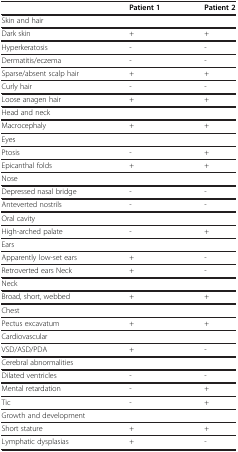
<table><thead><tr><td>[EMPTY_CELL]</td><td><b>Patient 1</b></td><td><b>Patient 2</b></td></tr></thead><tbody><tr><td>Skin and hair</td><td>[EMPTY_CELL]</td><td>[EMPTY_CELL]</td></tr><tr><td>Dark skin</td><td>+</td><td>+</td></tr><tr><td>Hyperkeratosis</td><td>-</td><td>-</td></tr><tr><td>Dermatitis/eczema</td><td>-</td><td>-</td></tr><tr><td>Sparse/absent scalp hair</td><td>+</td><td>+</td></tr><tr><td>Curly hair</td><td>-</td><td>-</td></tr><tr><td>Loose anagen hair</td><td>+</td><td>+</td></tr><tr><td>Head and neck</td><td>[EMPTY_CELL]</td><td>[EMPTY_CELL]</td></tr><tr><td>Macrocephaly</td><td>+</td><td>+</td></tr><tr><td>Eyes</td><td>[EMPTY_CELL]</td><td>[EMPTY_CELL]</td></tr><tr><td>Ptosis</td><td>-</td><td>+</td></tr><tr><td>Epicanthal folds</td><td>+</td><td>+</td></tr><tr><td>Nose</td><td>[EMPTY_CELL]</td><td>[EMPTY_CELL]</td></tr><tr><td>Depressed nasal bridge</td><td>-</td><td>-</td></tr><tr><td>Anteverted nostrils</td><td>-</td><td>-</td></tr><tr><td>Oral cavity</td><td>[EMPTY_CELL]</td><td>[EMPTY_CELL]</td></tr><tr><td>High-arched palate</td><td>-</td><td>+</td></tr><tr><td>Ears</td><td>[EMPTY_CELL]</td><td>[EMPTY_CELL]</td></tr><tr><td>Apparently low-set ears</td><td>+</td><td>-</td></tr><tr><td>Retroverted ears Neck</td><td>+</td><td>-</td></tr><tr><td>Neck</td><td>[EMPTY_CELL]</td><td>[EMPTY_CELL]</td></tr><tr><td>Broad, short, webbed</td><td>+</td><td>+</td></tr><tr><td>Chest</td><td>[EMPTY_CELL]</td><td>[EMPTY_CELL]</td></tr><tr><td>Pectus excavatum</td><td>+</td><td>+</td></tr><tr><td>Cardiovascular</td><td>[EMPTY_CELL]</td><td>[EMPTY_CELL]</td></tr><tr><td>VSD/ASD/PDA</td><td>+</td><td>-</td></tr><tr><td>Cerebral abnormalities</td><td>[EMPTY_CELL]</td><td>[EMPTY_CELL]</td></tr><tr><td>Dilated ventricles</td><td>-</td><td>-</td></tr><tr><td>Mental retardation</td><td>-</td><td>+</td></tr><tr><td>Tic</td><td>-</td><td>+</td></tr><tr><td>Growth and development</td><td>[EMPTY_CELL]</td><td>[EMPTY_CELL]</td></tr><tr><td>Short stature</td><td>+</td><td>+</td></tr><tr><td>Lymphatic dysplasias</td><td>+</td><td>-</td></tr></tbody></table>